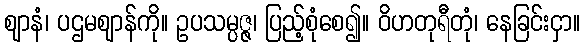
ဈာနံ၊ ပဌမဈာန်ကို။ ဥပသမ္ပဇ္ဇ၊ ပြည့်စုံစေ၍။ ဝိဟတုရီတုံ၊ နေခြင်းငှာ။